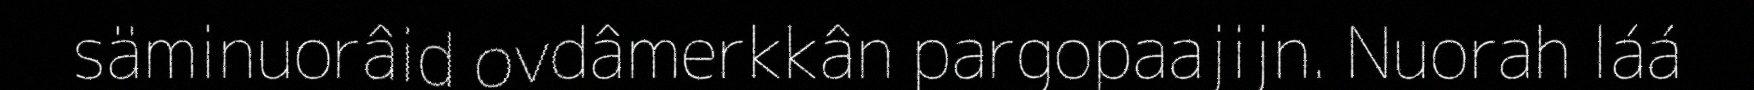
säminuorâid ovdâmerkkân pargopaajijn. Nuorah láá